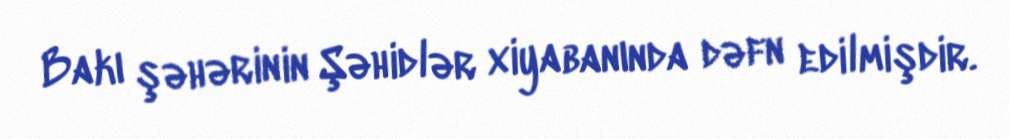
Bakı şəhərinin Şəhidlər xiyabanında dəfn edilmişdir.